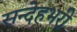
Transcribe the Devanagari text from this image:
सन्देहभरी